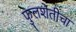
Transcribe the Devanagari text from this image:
फुलशेतीचा